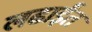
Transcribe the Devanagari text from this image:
लढाईंत